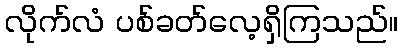
လိုက်လံ ပစ်ခတ်လေ့ရှိကြသည်။